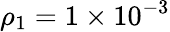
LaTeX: \rho_{1}=1\times 10^{-3}